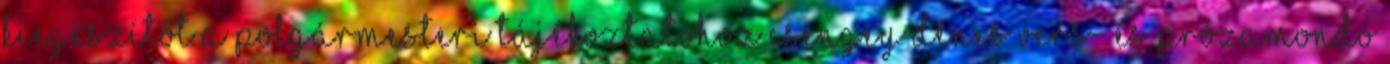
kiegészítőt a polgármesteri tájékoztatóhoz Csengey Dénes Vers- és Prózamondó